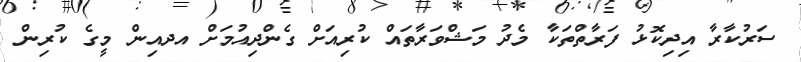
ސަރުކާރާ އިދިކޮޅު ފަރާތްތަކާ މެދު މަޝްވަރާތައް ކުރިއަށް ގެންދިއުމަށް އދއިން މީގެ ކުރިން